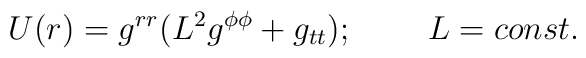
U(r)=g^{rr}(L^2g^{\phi\phi}+g_{tt});\;\;\;\;\;\;\;\;L=const.